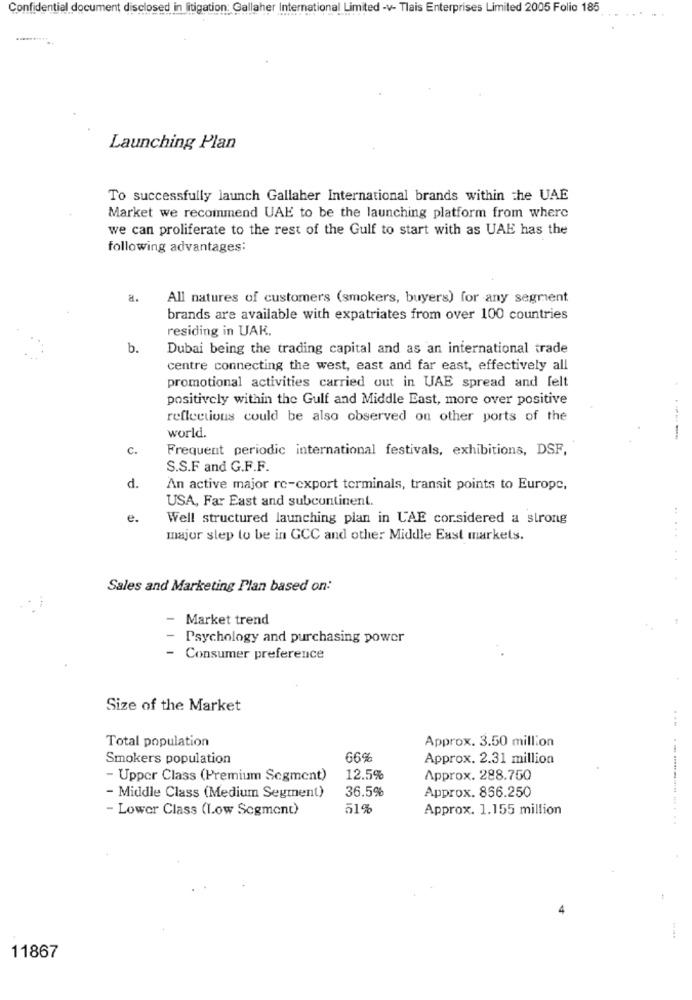
Confidential document disclosed in litigation; Gallaher International Limited -v- Tlais Enterprises Limited 2005 Folio 185
Launching Plan
To successfully launch Gallaher International brands within the UAE
Market we recommend UAE to be the launching platform from where
we can proliferate to the rest of the Gulf to start with as UAE has the
following advantages:
a.
All natures of customers (smokers, buyers) for any segment
brands are available with expatriates from over 100 countries
residing in UAK.
b.
Dubai being the trading capital and as an international trade
centre connecting the west, east and far east, effectively all
promotional activities carried out in UAE spread and felt
positively within the Gulf and Middle East, more over positive
reflections could be also observed on other ports of the
world.
----
c.
Frequent periodic international festivals, exhibitions, DSF,
S.S.F and G.F.F.
d.
An active major re-export terminals, transit points to Europe,
USA, Far East and subcontinent.
..
e.
Well structured launching plan in UAE corsidered a strong
...
major slep to be in GCC and other Middle East markets.
Sales and Marketing Plan based on:
-
Market trend
Psychology and purchasing power
- Consumer preference
Size of the Market
Total population
Approx. 3.50 million
Smokers population
66%
Approx. 2.31 million
- Upper Class (Premium Segment)
12.5%
Approx. 288.750
36.5%
- Middle Class (Medium Segment)
Approx. 856.250
- Lower Class (Low Segment)
51%
Approx. 1.155 million
... ......---- ... ..
11867